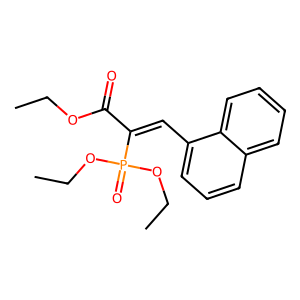
SMILES: CCOC(=O)C(=Cc1cccc2ccccc12)P(=O)(OCC)OCC
Inhibits HIV replication: No